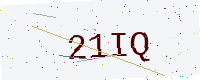
Text: 21IQ